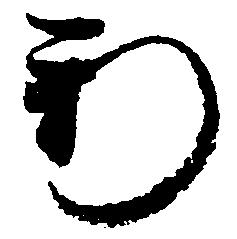
新